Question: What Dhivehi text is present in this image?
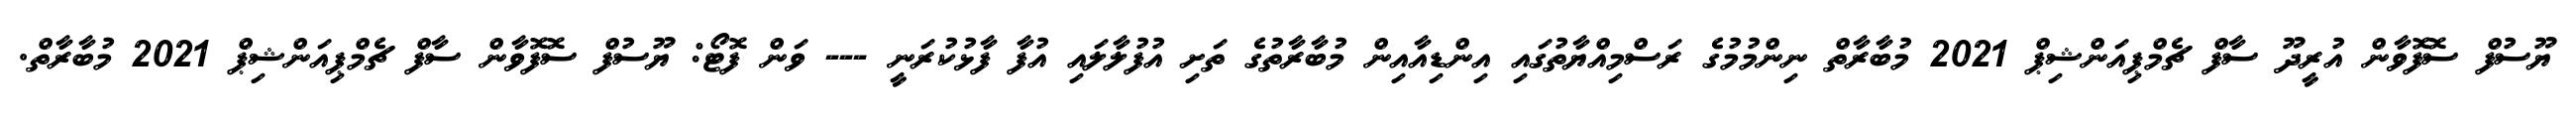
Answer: ޔޫސުފް ސޮފޮވާން އުރީދޫ ސާފް ޗެމްޕިއަންޝިޕް 2021 މުބާރާތް ނިންމުމުގެ ރަސްމިއްޔާތުގައި އިންޑިއާއިން މުބާރާތުގެ ތަށި އުފުލާލައި އުފާ ފާޅުކުރަނީ --- ވަން ފޮޓޯ: ޔޫސުފް ސޮފޮވާން ސާފް ޗެމްޕިއަންޝިޕް 2021 މުބާރާތް.